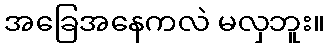
အခြေအနေကလဲ မလှဘူး။